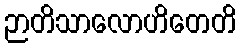
ဉာတိသာလောဟိတေတိ